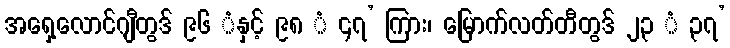
အရှေ့လောင်ဂျီတွဒ် ၉၆ ံနှင့် ၉၈ ံ ၄၇’ ကြား၊ မြောက်လတ်တီတွဒ် ၂၃ ံ ၃၇’